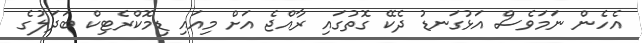
އެހެން ނަމަވެސް އަޅުގަނޑު ދެކޭ ގޮތުގައި ރާއްޖެ އަށް މިއައި ޑިމޮކްރެޓިކް ބަދަލުގެ